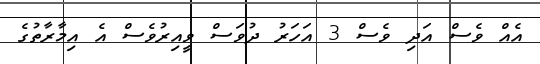
އެއް ވެސް އަދި ވެސް 3 އަހަރު ދުވަސް ވީއިރުވެސް އެ އިމާރާތުގެ